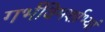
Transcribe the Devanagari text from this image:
गर्भविमर्शाभ्यां